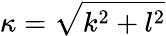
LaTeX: \kappa=\sqrt{k^{2}+l^{2}}